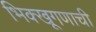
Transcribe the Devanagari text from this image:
भिक्खूगणाची